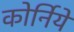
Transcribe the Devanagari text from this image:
कोर्निये